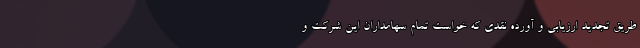
طریق تجدید ارزیابی و آورده نقدی که خواست تمام سهامداران این شرکت و